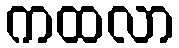
ကထလာ